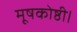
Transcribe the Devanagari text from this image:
मूषकोष्ठी।